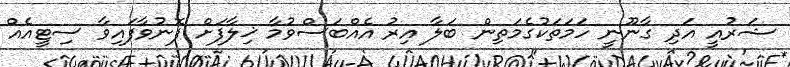
ޝަރުއީ އަދި ގާނޫނީ ހަމަތަކުގެމަތިން ބަލާ އިރު އެއްބަސްވުމާ ޚިލާފަށް ފޮނުވާފައިވާ ސިޓީއެއް